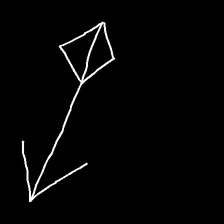
Glyph: focus